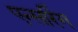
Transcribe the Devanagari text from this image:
एन्सरिंग